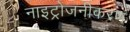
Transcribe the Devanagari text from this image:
नाइट्रोजनीकरण